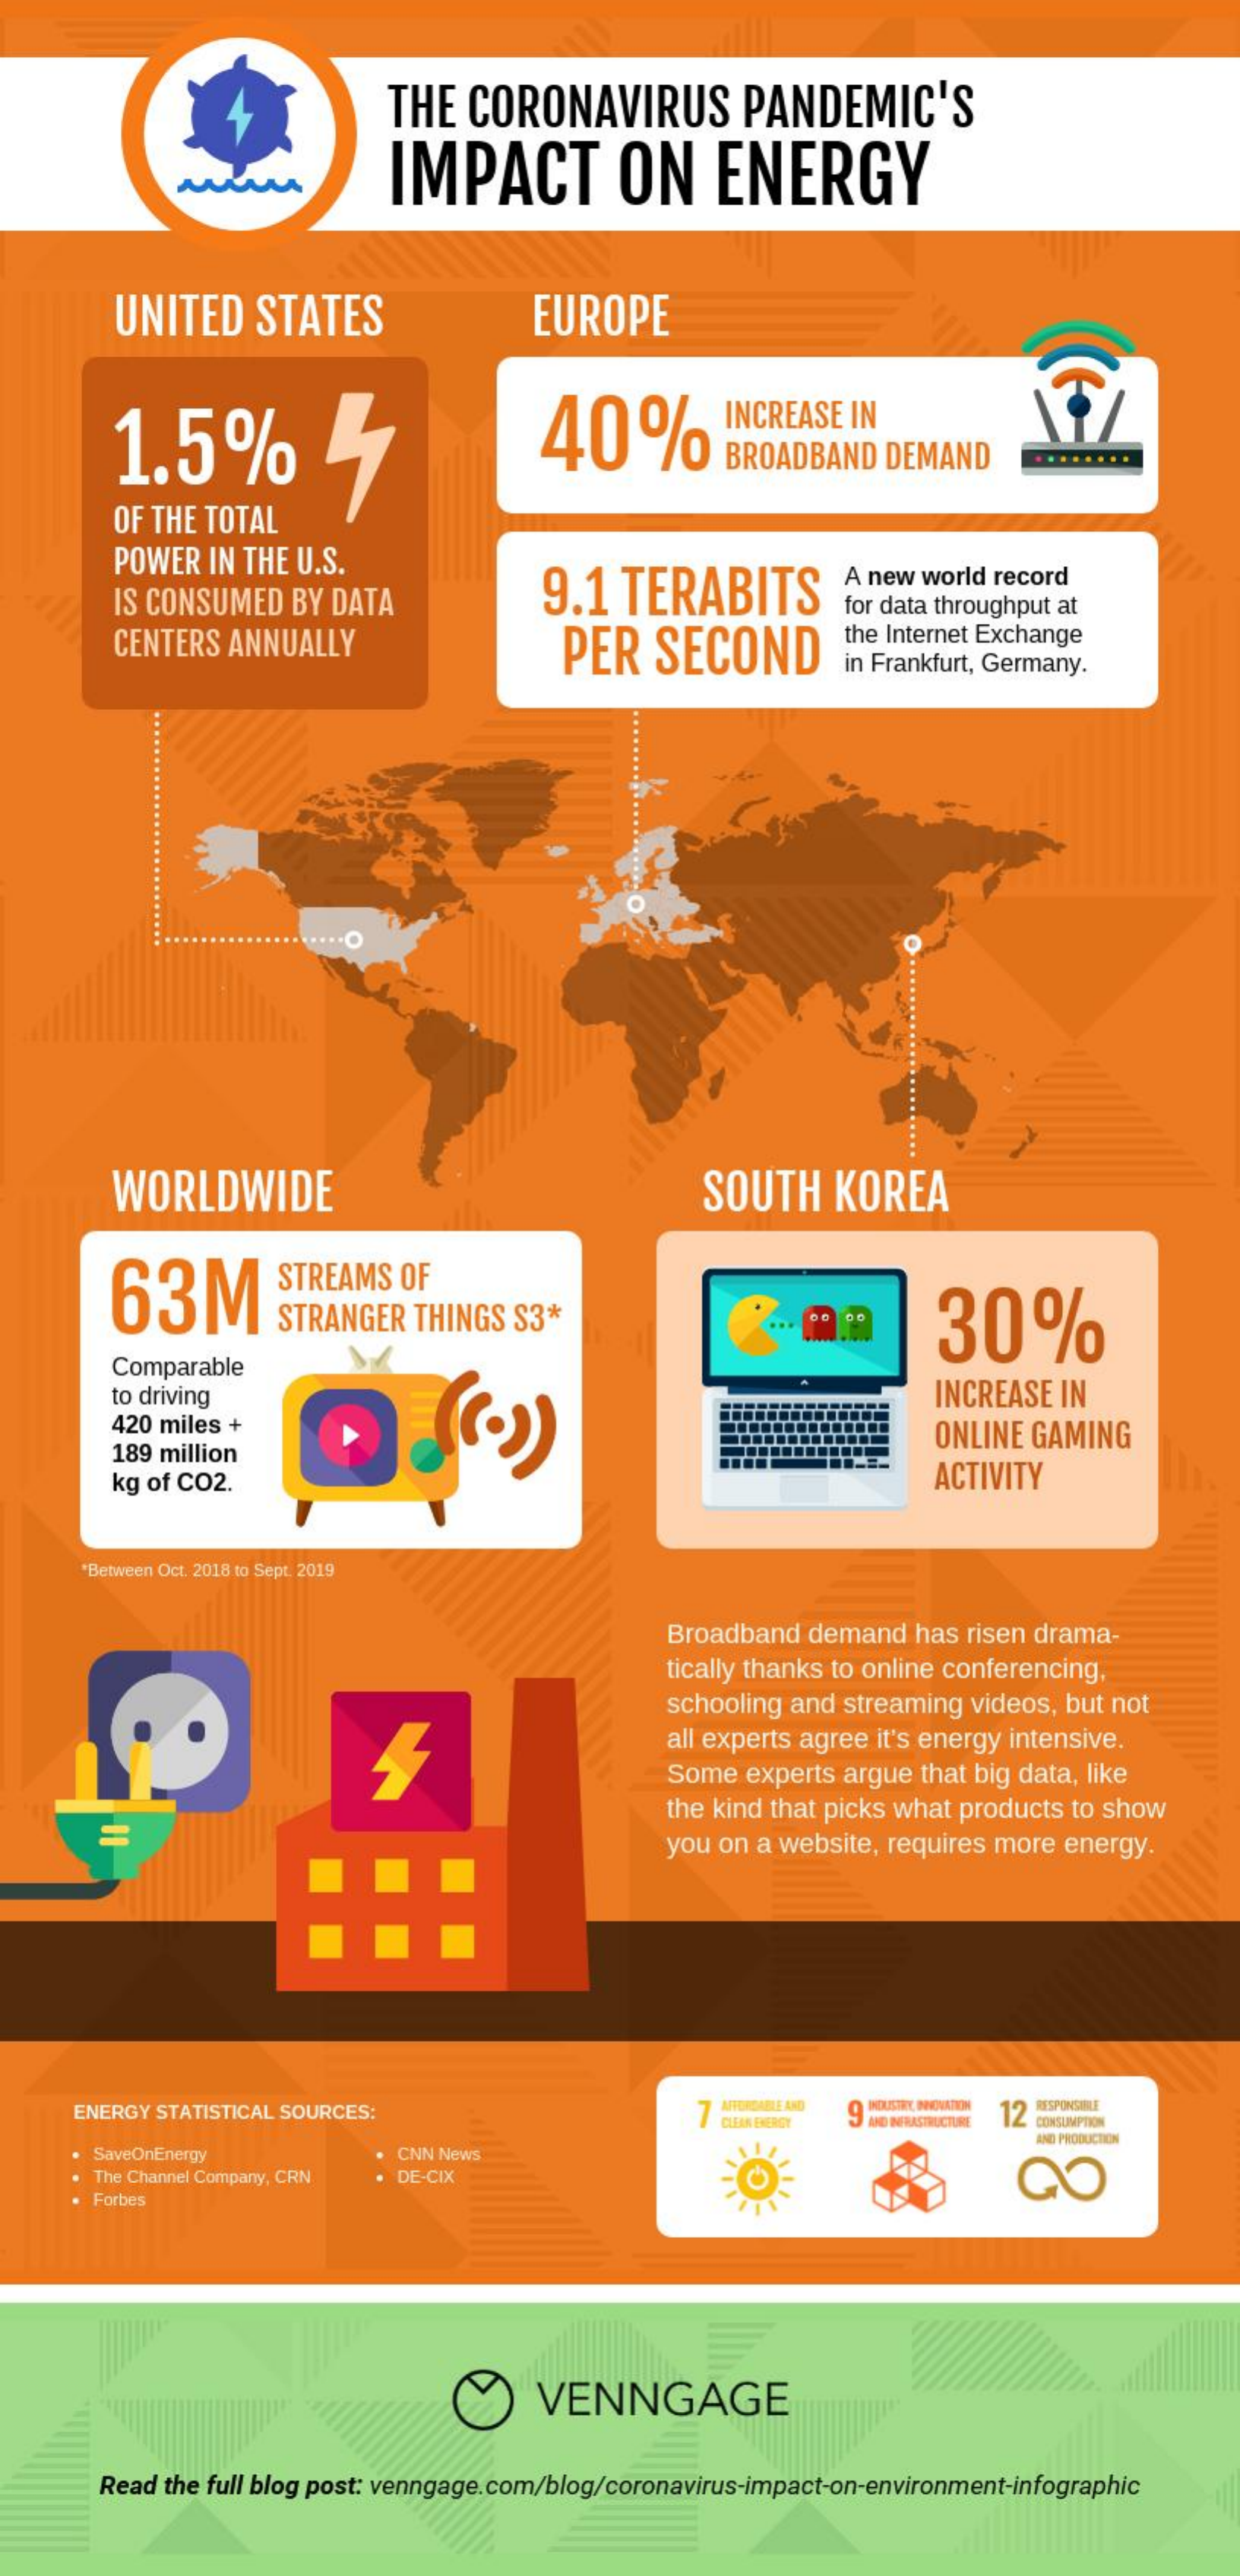
THE   CORONAVIRUS    PANDEMIC'S
     IMPACT    ON    ENERGY
     UNITED    STATES    EUROPE
     1.5%    40%    INCREASE IN
     BROADBAND   DEMAND
     OF THE TOTAL
     POWER  IN THE U.S.
     IS CONSUMED   BY DATA    9.1   TERABITS
     A new world record
     for data throughput at
     CENTERS  ANNUALLY    PER    SECOND
     the Internet Exchange
     in Frankfurt, Germany.
     WORLDWIDE    SOUTH    KOREA
     63M
     STREAMS   OF
     STRANGER   THINGS  S3*    30%
     Comparable
     to driving    INCREASE  IN
     420 miles +
     189 million
     ONLINE  GAMING
     kg of CO2.    ACTIVITY
     "Between Oct. 2018 to Sept. 2019
     Broadband  demand   has risen drama-
     tically thanks to online conferencing,
     schooling and streaming videos, but not
     all experts agree it's energy intensive.
     Some  experts argue that big data, like
     the kind that picks what products to show
     you on a website, requires more energy.
     ENERGY STATISTICAL SOURCES:
     CLEAN ENERGY 9 NOUSTRY, INNOVATION
     AND INFRASTRUCTURE 12 RESPONSIME
     CONSUMPTION
     SaveOnEnergy    CNN News
     AND PRODUCTION
     The Channel Company, CRN DE-CIX    CO
     Forbes
     VENNGAGE
     Read the full blog post: venngage.com/blog/coronavirus-impact-on-environment-infographic